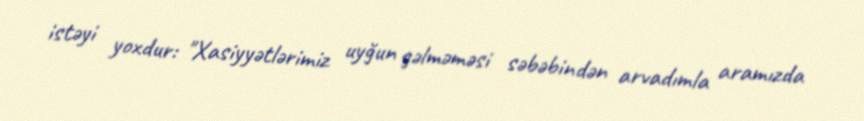
istəyi yoxdur: "Xasiyyətlərimiz uyğun gəlməməsi səbəbindən arvadımla aramızda